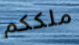
ملككم